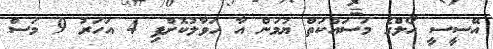
އޭސީސީ ހޯލްގެ މަސައްކަތް ޔުމަން އާ ހަވާލުކޮށްފި 4 އަހަރު 9 މަސް